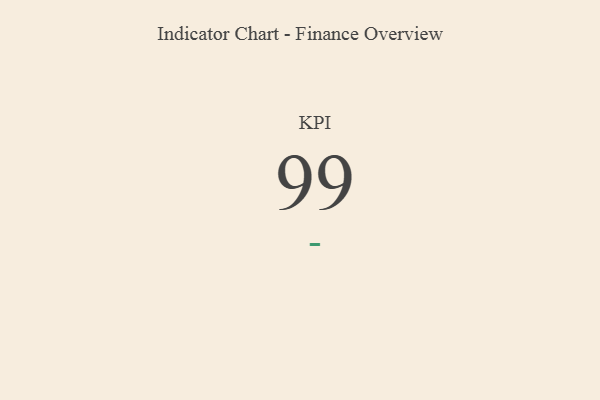
{"axis": {"x": "KPI", "y": "Value"}, "legend": [""], "data": [{"x": "KPI", "y": 99, "type": ""}]}